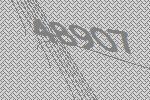
48907